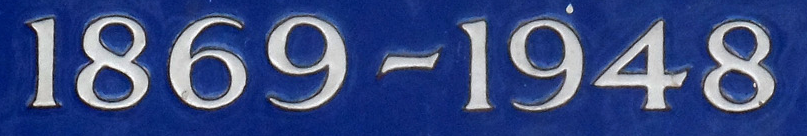
1869-1948